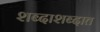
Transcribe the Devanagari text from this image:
शब्दाशब्दात